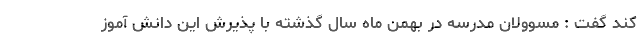
کند گفت : مسوولان مدرسه در بهمن ماه سال گذشته با پذیرش این دانش آموز